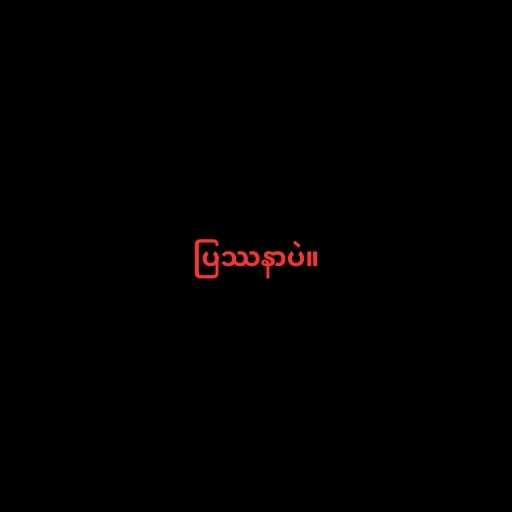
ပြဿနာပဲ။